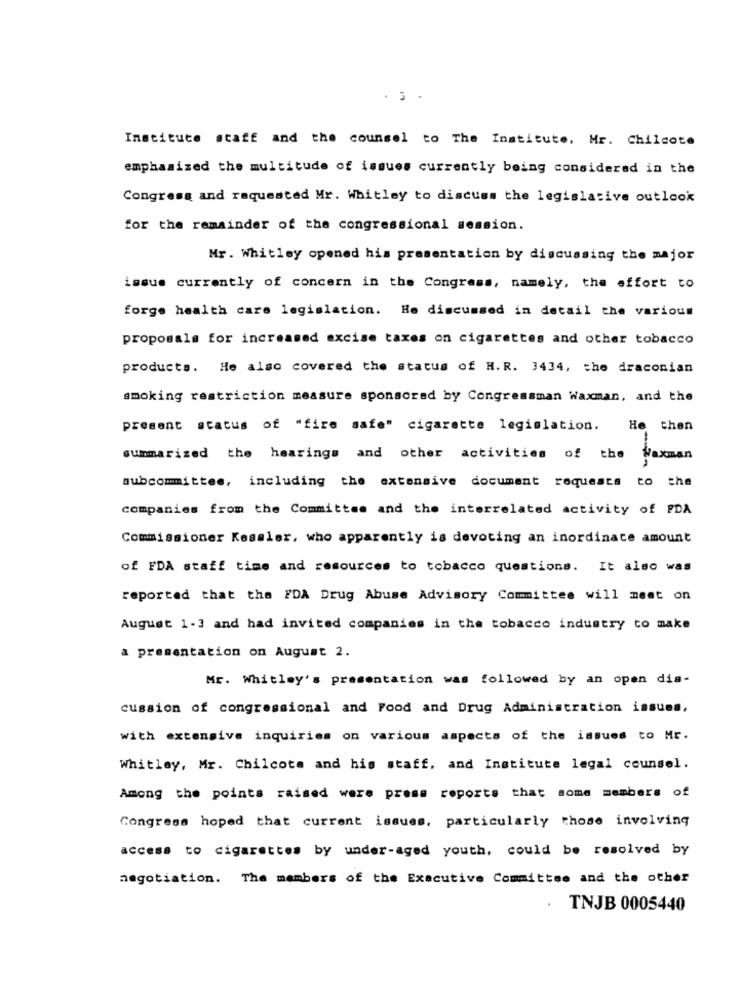
. 3 .
Instituce staff and the counsel to The Institute, Mr. Chilcote
emphasized the multitude of issues currently being considered in the
Congress and requested Mr. Whitley to discuss the legislative outlook
for the remainder of the congressional session.
Mr. Whitley opened his presentation by discussing the major
issue currently of concern in the Congress, namely, the effort to
forge health care legislation. He discussed in detail the various
proposals for increased excise taxes on cigarettes and other tobacco
products. He also covered the status of H. R. 3434, the draconian
smoking restriction measure sponsored by Congressman Waxman, and the
present status of "fire safe" cigarette legislation.
He then
summarized the hearings and other activities of the Waxman
subcommittee, including the extensive document requests to the
companies from the Committee and the interrelated activity of PDA
Commissioner Kessler, who apparently is devoting an inordinate amount
of FDA staff time and resources to tobacco questions. It also was
reported that the FDA Drug Abuse Advisory Committee will meet on
August 1-3 and had invited companies in the tobacco industry co make
a presentation on August 2.
Mr. Whitley's presentation was followed by an open dia-
cussion of congressional and Food and Drug Administration issues,
with extensive inquiries on various aspects of the issues to Mr.
Whitley, Mr. Chilcote and his staff, and Institute legal counsel.
Among the points raised were press reports that some members of
Congress hoped that current issues, particularly those involving
access to cigarettes by under-aged youth, could be resolved by
negotiation. The members of the Executive Committee and the other
TNJB 0005440